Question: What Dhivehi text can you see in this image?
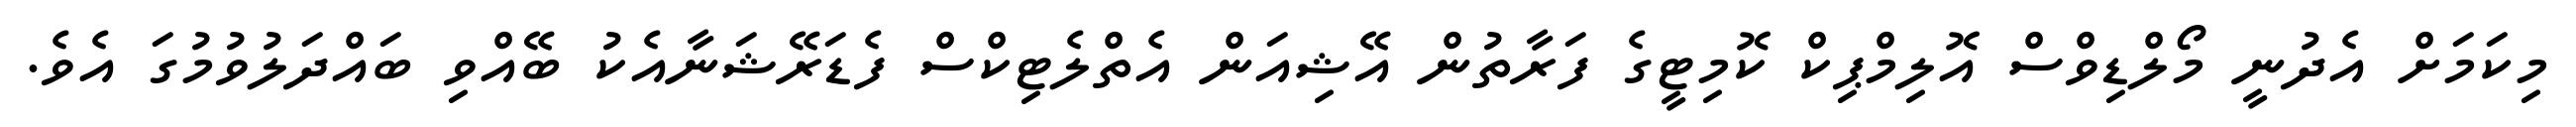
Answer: މިކަމަށް އެދުނީ މޯލްޑިވްސް އޮލިމްޕިކް ކޮމިޓީގެ ފަރާތުން އޭޝިއަން އެތްލެޓިކްސް ފެޑަރޭޝަނާއެކު ބޭއްވި ބައްދަލުވުމުގަ އެވެ.